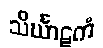
သိင်္ဃာဋကံ